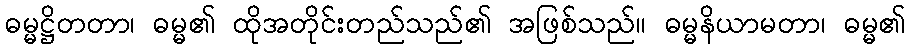
ဓမ္မဋ္ဌိတတာ၊ ဓမ္မ၏ ထိုအတိုင်းတည်သည်၏ အဖြစ်သည်။ ဓမ္မနိယာမတာ၊ ဓမ္မ၏